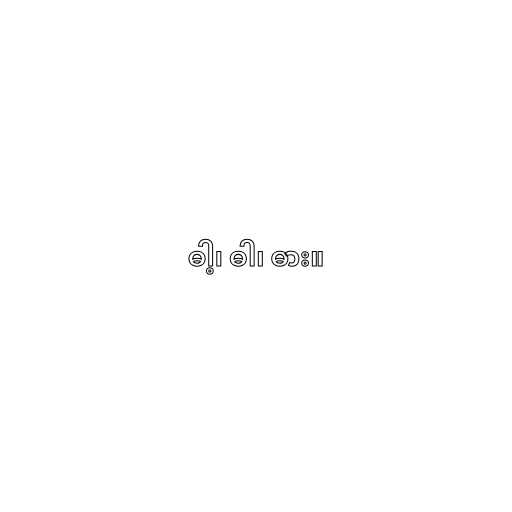
ဓါ့၊ ဓါ၊ ဓား။